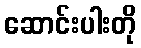
ဆောင်းပါးတို